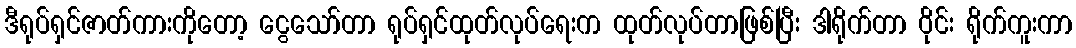
ဒီရုပ်ရှင်ဇာတ်ကားကိုတော့ ငွေသော်တာ ရုပ်ရှင်ထုတ်လုပ်ရေးက ထုတ်လုပ်တာဖြစ်ပြီး ဒါရိုက်တာ ဝိုင်း ရိုက်ကူးကာ